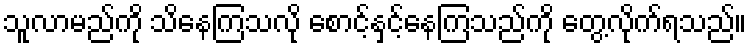
သူလာမည်ကို သိနေကြသလို စောင့်နှင့်နေကြသည်ကို တွေ့လိုက်ရသည်။